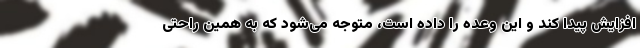
افزایش پیدا کند و این وعده را داده است، متوجه می‌شود که به همین راحتی